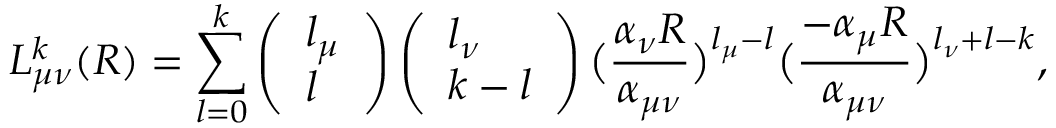
L _ { \mu \nu } ^ { k } ( R ) = \sum _ { l = 0 } ^ { k } \left( \begin{array} { l } { l _ { \mu } } \\ { l } \end{array} \right) \left( \begin{array} { l } { l _ { \nu } } \\ { k - l } \end{array} \right) \big ( \frac { \alpha _ { \nu } R } { \alpha _ { \mu \nu } } \big ) ^ { l _ { \mu } - l } \big ( \frac { - \alpha _ { \mu } R } { \alpha _ { \mu \nu } } \big ) ^ { l _ { \nu } + l - k } ,